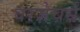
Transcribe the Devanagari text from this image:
वरज़ेचर्स